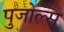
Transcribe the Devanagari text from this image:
पुजोल्स